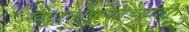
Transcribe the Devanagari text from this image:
खलनायकाच्याही